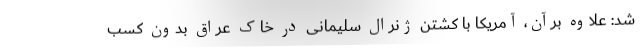
شد: علاوه برآن، آمریکا با کشتن ژنرال سلیمانی در خاک عراق بدون کسب